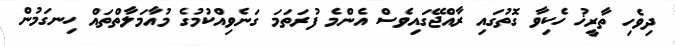
ދިވެހި ތާރީޚު ހެކިވާ ގޮތުގައި ރާއްޖޭގައިވެސް އެންމެ ފުރަތަމަ ގަނެވިއްކުމުގެ މުއާމަލާތްތައް ހިނގަމުން